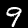
Digit: 9